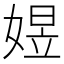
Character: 𡟄